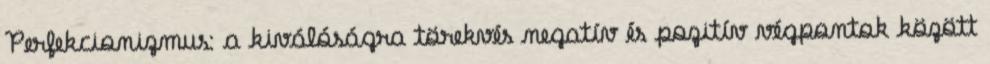
Perfekcionizmus: a kiválóságra törekvés negatív és pozitív végpontok között